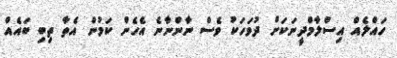
ހައްލެއް އިސްލާމްދީނަކަށް ދުވަހަކު ވެސް ނާންނާނެ އެހެން ކަމުން އެތާ ތިބި ބައެއް